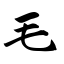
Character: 毛